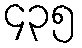
၄၃၅